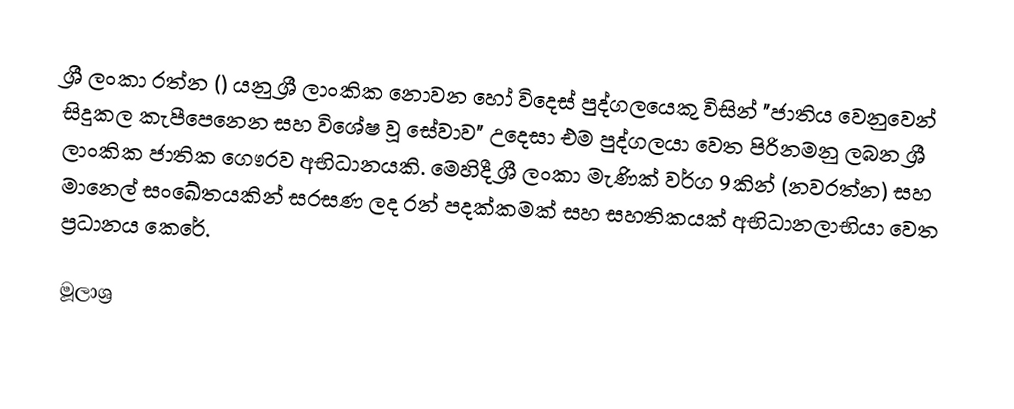
ශ්‍රී ලංකා රත්න () යනු ශ්‍රී ලාංකික නොවන හෝ විදෙස් පුද්ගලයෙකු විසින් "ජාතිය වෙනුවෙන් සිදුකල කැපීපෙනෙන සහ විශේෂ වූ සේවාව" උදෙසා එම පුද්ගලයා වෙත පිරිනමනු ලබන ශ්‍රී ලාංකික ජාතික ගෞරව අභිධානයකි. මෙහිදී ශ්‍රී ලංකා මැණික් වර්ග 9කින් (නවරත්න) සහ මානෙල් සංඛේතයකින් සරසණ ලද රන් පදක්කමක් සහ සහතිකයක් අභිධානලාභියා වෙත ප්‍රධානය කෙරේ.

මූලාශ්‍ර